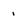
Character: 1